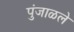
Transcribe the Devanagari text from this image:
पुंजाळले